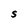
Character: S